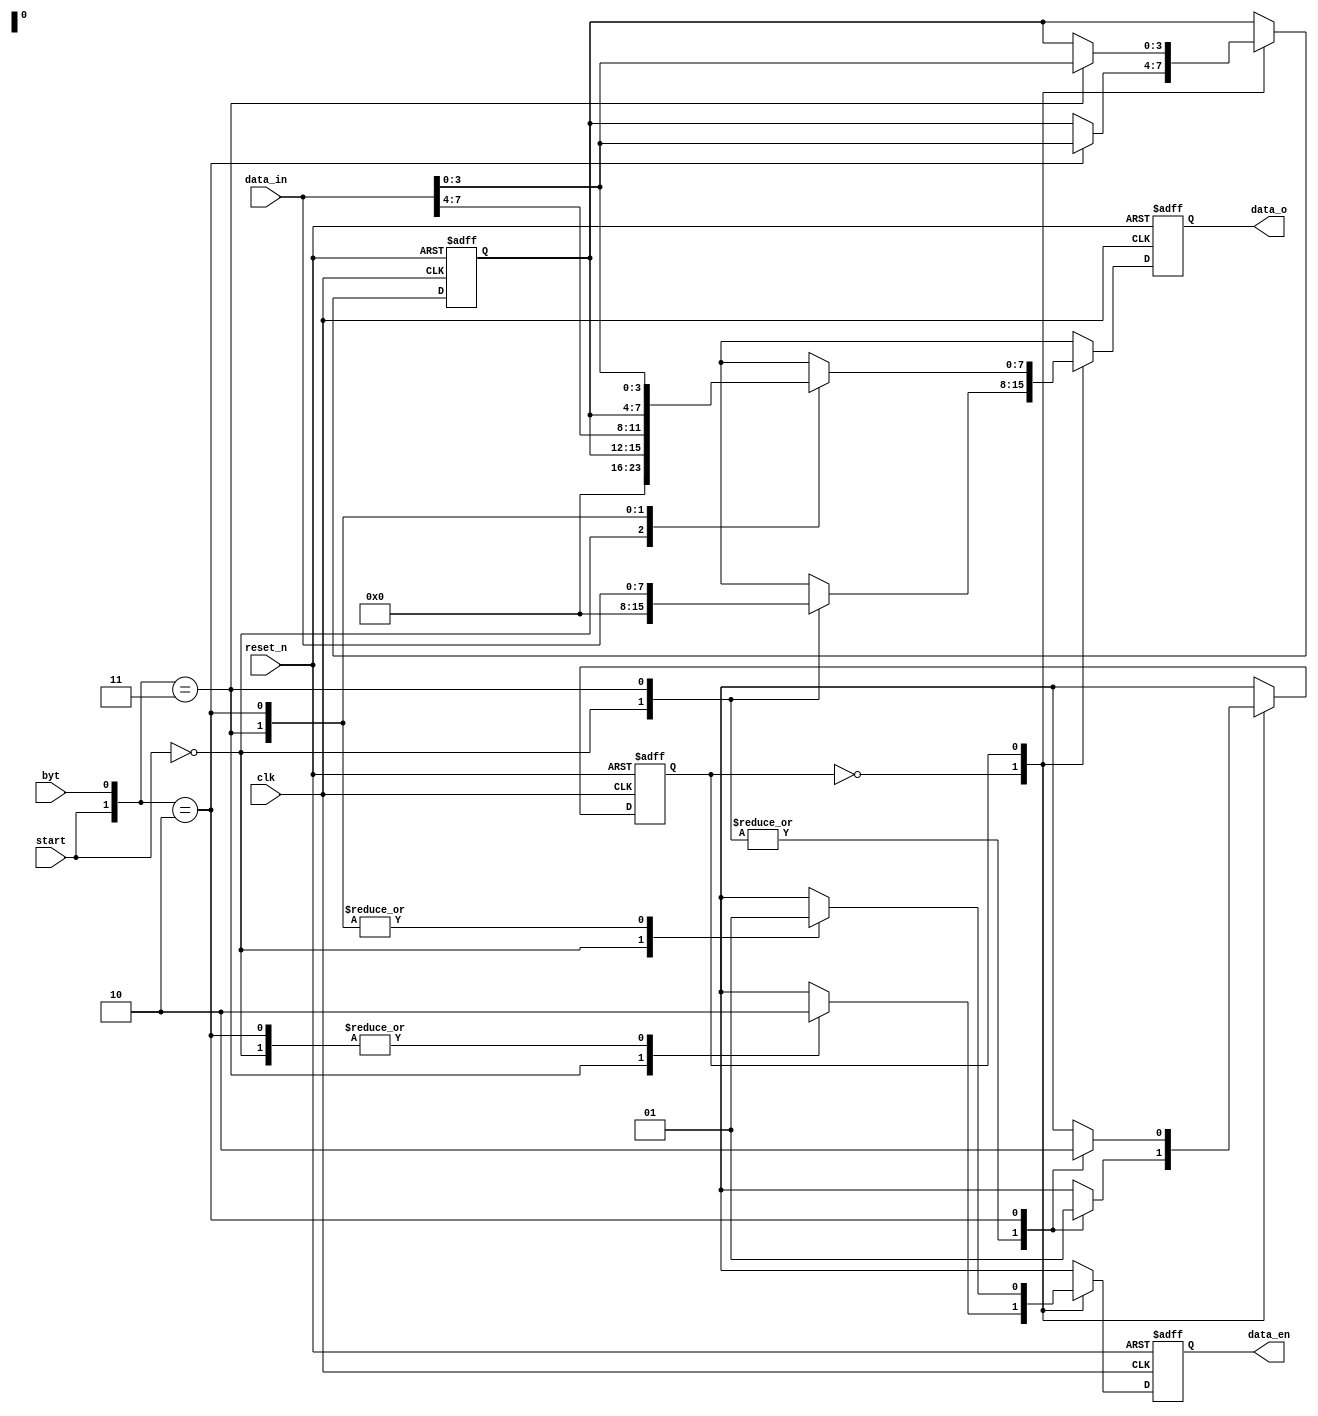
module data_trans (
    input       reset_n ,
    input       start   ,
    input       clk     ,
    input [7:0] data_in ,
    input       byt     ,
    output reg [7:0] data_o  ,
    output reg       data_en 
);
parameter   IDLE     = 1'b0  ,
            S_DATA   = 1'b1  ;
reg         state_cur;
reg [3:0]   data_reg;
always @(posedge clk or negedge reset_n) begin
    if(~reset_n) begin
        data_reg    <= 'b0  ;
        data_en     <= 'b0  ;
        data_o      <= 'b0  ;
        state_cur   <= IDLE ;
    end else casex (state_cur)
	        IDLE    :   casex ({start,byt})
            2'b0x:  begin
                    data_en     <= 'b0          ;   
                    data_o      <= 'b0          ;  
                    state_cur   <= IDLE         ;  end
            2'b11:  begin
                    data_en     <= 'b1          ;    
                    data_o      <= data_in      ;    
                    state_cur   <= IDLE         ;  end   
            2'b10:  begin
                    data_reg    <= data_in[3:0] ;    
                    data_en     <= 'b0          ;    
                    data_o      <= 'bx          ;    
                    state_cur   <= S_DATA  ;  end
            endcase
		S_DATA     :   casex ({start,byt}) 
            2'b0x:  begin
                    data_en     <= 'b0          ;  
                    data_o      <= 'b0          ;  
                    state_cur   <= S_DATA  ;  end
            2'b11:  begin
                    data_reg    <= data_in[3:0] ;    
                    data_en     <= 'b1          ;    
                    data_o      <= { data_reg , data_in[7:4] };    
                    state_cur   <= S_DATA  ; end   
            2'b10:  begin
                    data_en     <= 'b1          ;    
                    data_o      <= { data_reg , data_in[3:0] };     
                    state_cur   <= IDLE         ; end        
            endcase
    endcase
end
endmodule